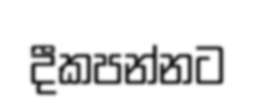
දීකපන්නට